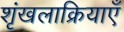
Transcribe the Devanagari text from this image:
शृंखलाक्रियाएँ